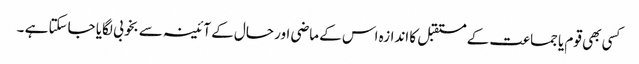
کسی بھی قوم یا جماعت کے مستقبل کا اندازہ اس کے ماضی اور حال کے آئینہ سے بخوبی لگایا جاسکتا ہے ۔